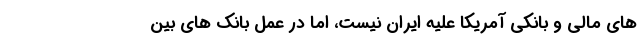
های مالی و بانکی آمریکا علیه ایران نیست، اما در عمل بانک های بین